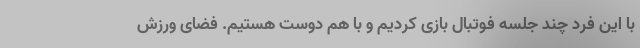
با این فرد چند جلسه فوتبال بازی کردیم و با هم دوست هستیم. فضای ورزش